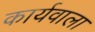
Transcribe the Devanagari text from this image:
कार्यवाला